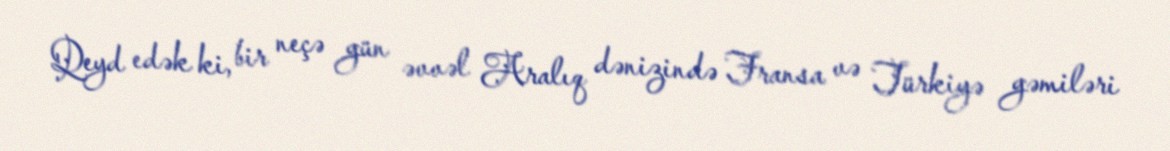
Qeyd edək ki, bir neçə gün əvvəl Aralıq dənizində Fransa və Türkiyə gəmiləri